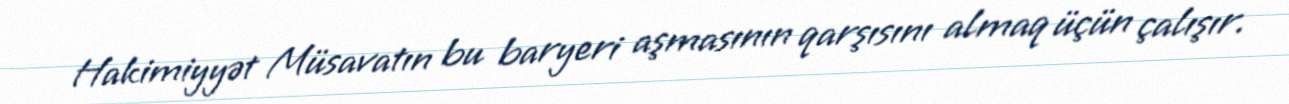
Hakimiyyət Müsavatın bu baryeri aşmasının qarşısını almaq üçün çalışır.